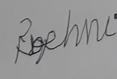
Signature authenticity: forged